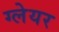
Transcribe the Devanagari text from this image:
ग्‍लेयर